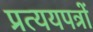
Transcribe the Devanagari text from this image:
प्रत्ययपत्रों